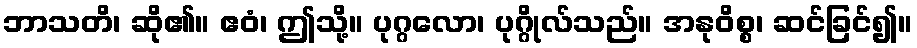
ဘာသတိ၊ ဆို၏။ ဧဝံ၊ ဤသို့။ ပုဂ္ဂလော၊ ပုဂ္ဂိုလ်သည်။ အနုဝိစ္စ၊ ဆင်ခြင်၍။